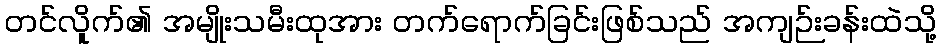
တင်လိူက်၏ အမျိုးသမီးထုအား တက်ရောက်ခြင်းဖြစ်သည် အကျဉ်းခန်းထဲသို့